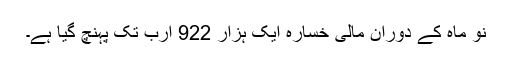
نو ماہ کے دوران مالی خسارہ ایک ہزار 922 ارب تک پہنچ گیا ہے۔